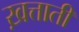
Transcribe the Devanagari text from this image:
ख़त्ताती